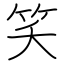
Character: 笑